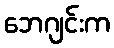
ဘေဂျင်းက